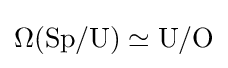
\Omega (\mathrm {Sp} /\mathrm {U} )\simeq \mathrm {U} /\mathrm {O}